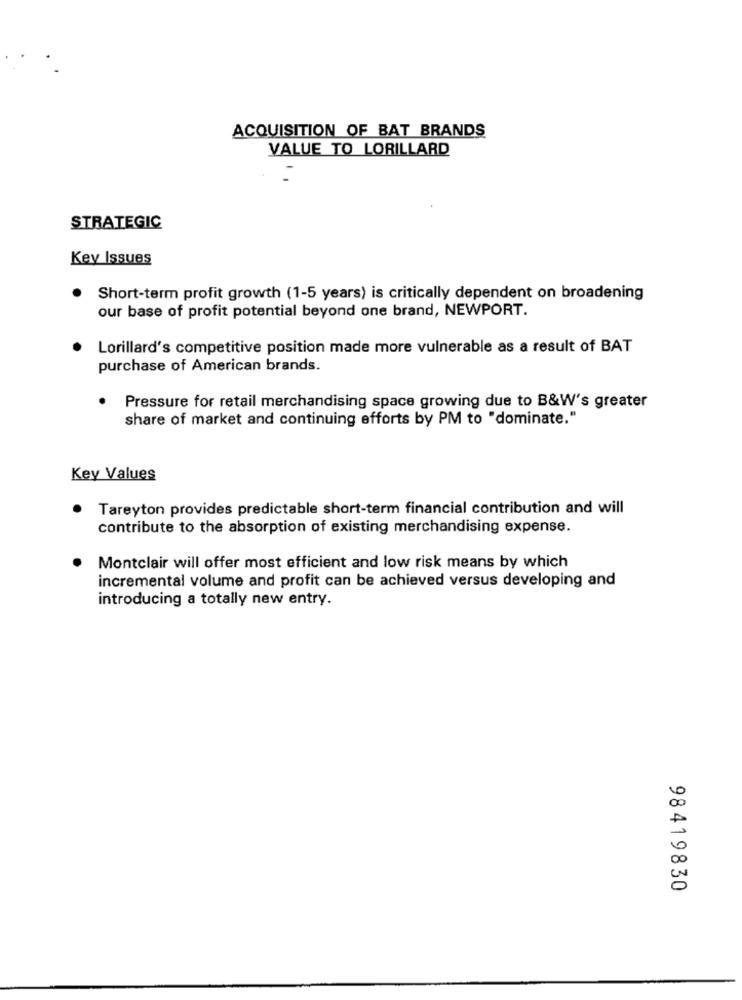
ACQUISITION OF BAT BRANDS
VALUE TO LORILLARD
STRATEGIC
Key Issues
Short-term profit growth (1-5 years) is critically dependent on broadening
our base of profit potential beyond one brand, NEWPORT.
Lorillard's competitive position made more vulnerable as a result of BAT
purchase of American brands.
Pressure for retail merchandising space growing due to B&W's greater
share of market and continuing efforts by PM to "dominate."
Key Values
Tareyton provides predictable short-term financial contribution and will
contribute to the absorption of existing merchandising expense.
Montclair will offer most efficient and low risk means by which
incremental volume and profit can be achieved versus developing and
introducing a totally new entry.
98419830